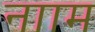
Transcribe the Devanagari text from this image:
नााम